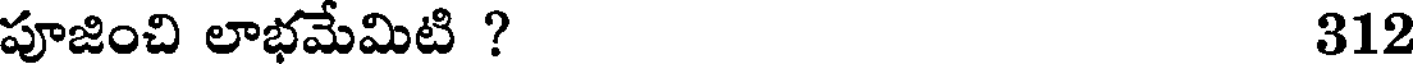
పూజించి లాభమేమిటి ? 312